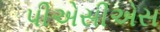
પીએસીએસ